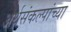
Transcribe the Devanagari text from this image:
अर्थसंकल्पांच्या